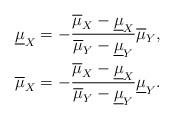
LaTeX: \begin{align*} &\underline{\mu}_X=-\frac{\overline{\mu}_X-\underline{\mu}_X}{\overline{\mu}_Y-\underline{\mu}_Y}\overline{\mu}_Y,\\ &\overline{\mu}_X=-\frac{\overline{\mu}_X-\underline{\mu}_X}{\overline{\mu}_Y-\underline{\mu}_Y}\underline{\mu}_Y. \end{align*}